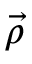
\vec { \rho }